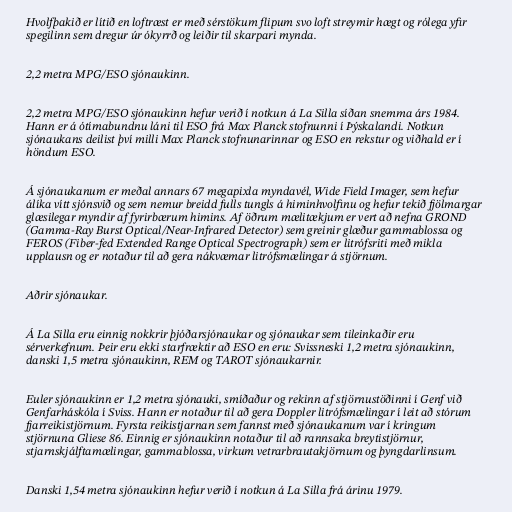
Hvolfþakið er lítið en loftræst er með sérstökum flipum svo loft streymir hægt og rólega yfir
spegilinn sem dregur úr ókyrrð og leiðir til skarpari mynda.

2,2 metra MPG/ESO sjónaukinn.

2,2 metra MPG/ESO sjónaukinn hefur verið í notkun á La Silla síðan snemma árs 1984.
Hann er á ótímabundnu láni til ESO frá Max Planck stofnunni í Þýskalandi. Notkun
sjónaukans deilist því milli Max Planck stofnunarinnar og ESO en rekstur og viðhald er í
höndum ESO.

Á sjónaukanum er meðal annars 67 megapixla myndavél, Wide Field Imager, sem hefur
álíka vítt sjónsvið og sem nemur breidd fulls tungls á himinhvolfinu og hefur tekið fjölmargar
glæsilegar myndir af fyrirbærum himins. Af öðrum mælitækjum er vert að nefna GROND
(Gamma-Ray Burst Optical/Near-Infrared Detector) sem greinir glæður gammablossa og
FEROS (Fiber-fed Extended Range Optical Spectrograph) sem er litrófsriti með mikla
upplausn og er notaður til að gera nákvæmar litrófsmælingar á stjörnum.

Aðrir sjónaukar.

Á La Silla eru einnig nokkrir þjóðarsjónaukar og sjónaukar sem tileinkaðir eru
sérverkefnum. Þeir eru ekki starfræktir að ESO en eru: Svissneski 1,2 metra sjónaukinn,
danski 1,5 metra sjónaukinn, REM og TAROT sjónaukarnir.

Euler sjónaukinn er 1,2 metra sjónauki, smíðaður og rekinn af stjörnustöðinni í Genf við
Genfarháskóla í Sviss. Hann er notaður til að gera Doppler litrófsmælingar í leit að stórum
fjarreikistjörnum. Fyrsta reikistjarnan sem fannst með sjónaukanum var í kringum
stjörnuna Gliese 86. Einnig er sjónaukinn notaður til að rannsaka breytistjörnur,
stjarnskjálftamælingar, gammablossa, virkum vetrarbrautakjörnum og þyngdarlinsum.

Danski 1,54 metra sjónaukinn hefur verið í notkun á La Silla frá árinu 1979.